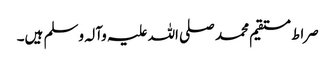
صراط مستقیم محمد صلی اللہ علیہ وآلہ وسلم ہیں۔